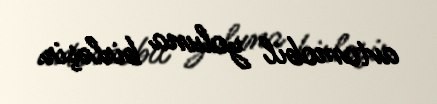
avtomobil yoluna birləşir.